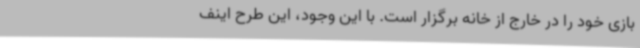
بازی خود را در خارج از خانه برگزار است. با این وجود، این طرح اینف